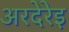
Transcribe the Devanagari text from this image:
अरदेरेइ